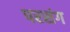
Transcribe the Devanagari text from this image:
परसंग